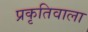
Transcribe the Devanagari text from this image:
प्रकृतिवाला